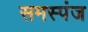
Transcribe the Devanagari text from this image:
समस्पंज